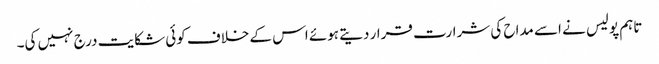
تاہم پولیس نے اسے مداح کی شرارت قرار دیتے ہوئے اس کے خلاف کوئی شکایت درج نہیں کی۔